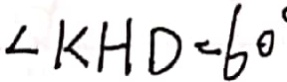
\angle k H D = 6 0 ^ { \circ }